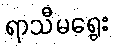
ရာသီမရွေး